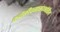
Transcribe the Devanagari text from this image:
कर्दळीवनासंदर्भातील